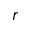
r